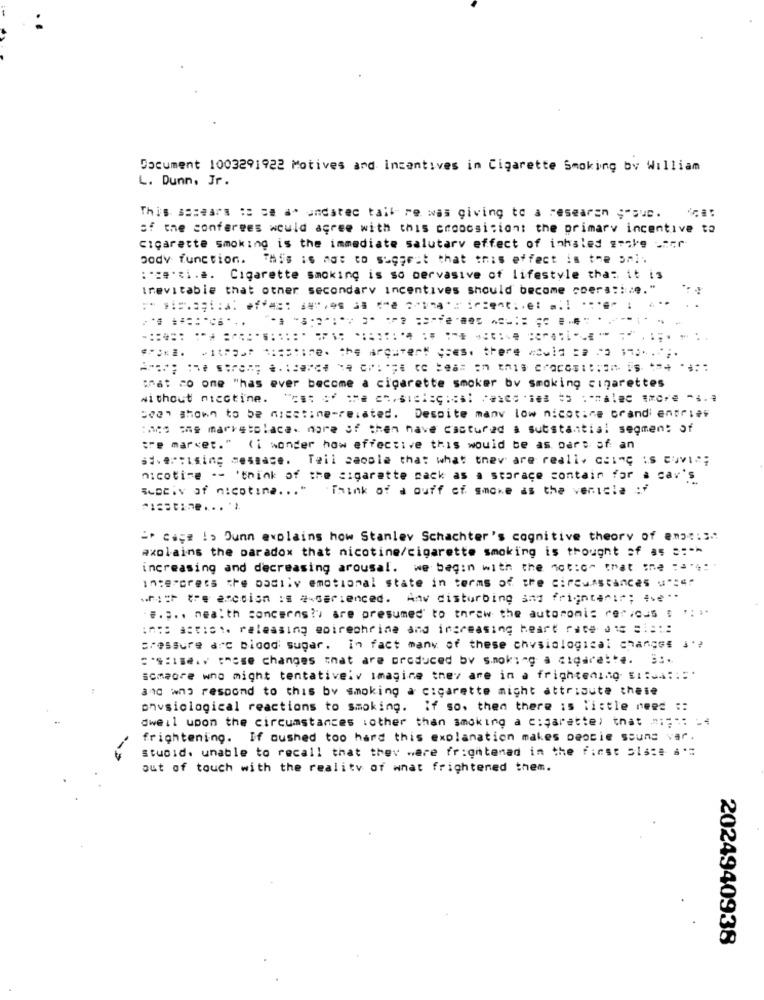
Document 1003291922 Motives and Incentives in Cigarette Smoking by William
L. Dunn, Jr.
This Basears :: ce a. undatec tail re was giving to a researen ;"que.
of the conferees would agree with this croocsi:iont the primary incentive to
cigarette smoking is the immediate salutary effect of inhaled smake umer
body function. This is not to suggest that this effect is the srl.
:- se.i. a. Cigarette smoking is so pervasive of lifestyle that it is
trevitable that other secondary incentives should become coera ::: ze."
Arche the street .: Parce we op:'ye to Beat on this craposition is *****:
:hat co one "has ever become a cigarette smoker bv smoking cigarettes
without nicotine. " === = = ==, sich :::: al Pex.i = :- ale *** -*..
been shown to be misstine-related. Despite many low nicotine prandi entries
:AGO The marketplace. mare of then have castured a substantial segment of
tre market." (i wonder how effective this would be as part of an
SEvertising message. Teil caosle that what they are really clIse is cuvio;
nicotine -- 'think of the sigarette nack as a storace contain for a car's
Scociv af nicotina ... "
.Think of a ouff of smoke as the venicla :f
====== e ...
"* cisz ! > Dunn explains how Stanley Schachter's cognitive theory of enac:3 .:
axolains the paradox that nicotine/cigarette smoking is thought of as =:-*
increasing and decreasing arousal. we begin with the notion that che :4:
interpress the badily emotional state in terms of the circumstances user
with the arcdion is esserienced. Any disturbing and frightamir; ave ..
.... health concerns!y are presumed to throw the autonomis rer,cus : ". ..
::: :::::. releasing @Direcheine and increasing heart rate a.c =:: ::
pressure arc blood sugar. In fact many of these chvsiological changes i'?
:'s:186. these changes that are produced bv smoking a cigarette. 3 :.
someore who might tentativeiv imagine they are in a frightening sissa :::.
and who respond to this by smoking a cigarette might attribute theie
physiological reactions to smoking. If so. then there is little need ::
dweil upon the circumstances :other than smoking a cigarette) that ====: - 4
frightening. If oushed too hard this explanation makes peocie souns var.
stupid. unable to recall that they were frightenad in the first 5lase s'"
out of touch with the reality of what frightened them.
2024940938